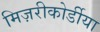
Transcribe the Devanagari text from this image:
मिज़रीकोर्डीया